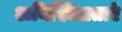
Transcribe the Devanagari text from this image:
अनिश्चितताएं